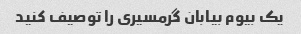
یک بیوم بیابان گرمسیری را توصیف کنید